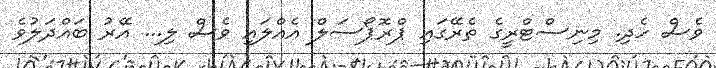
ވެސް ހެދި. މިނިސްޓްރީގެ ތެރޭގައި ޕްރޮޕޯސަލް އެއްލައި ވެސް ލި... އޭރު ބައްދަލުވެ